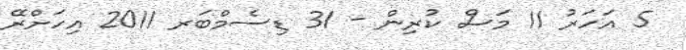
5 އަހަރު 11 މަސް ކުރިން - 31 ޑިސެމްބަރ 2011 އިހަށްރޭ